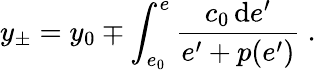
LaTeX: y_{\pm}=y_{0}\mp\int_{e_{0}}^{e}\frac{c_{0}\, \mathrm{d}e^{\prime}}{e^{\prime}+p(e^{\prime})}~.